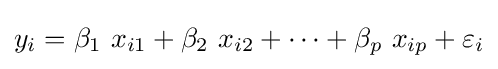
y_{i}=\beta _{1}\ x_{i1}+\beta _{2}\ x_{i2}+\cdots +\beta _{p}\ x_{ip}+\varepsilon _{i}